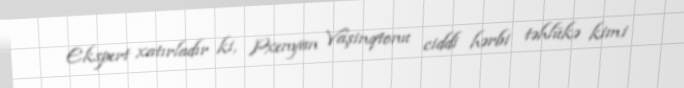
Ekspert xatırladır ki, Pxenyan Vaşinqtonu ciddi hərbi təhlükə kimi